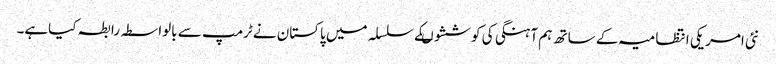
نئی امریکی انتظامیہ کے ساتھ ہم آہنگی کی کوششوںکے سلسلہ میں پاکستان نے ٹرمپ سے بالواسطہ رابطہ کیاہے۔